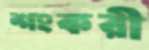
শংকরী